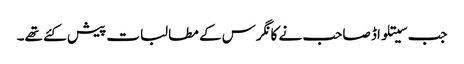
جب سیتلواڈ صاحب نے کانگرس کے مطالبات پیش کئے تھے۔